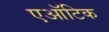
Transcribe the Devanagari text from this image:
एऑटिक